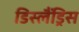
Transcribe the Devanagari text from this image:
डिस्लैंड्रिस